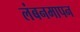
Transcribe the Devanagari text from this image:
लंबनमापन